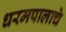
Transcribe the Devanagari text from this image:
धरमपालाचे